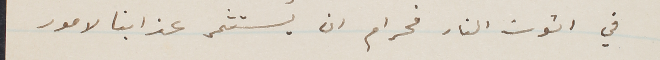
في اتون النار فحرام ان يستثمر عذابنا لامور